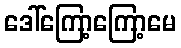
ဒေါ်ကြော့ကြော့မေ